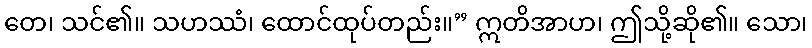
တေ၊ သင်၏။ သဟဿံ၊ ထောင်ထုပ်တည်း။” ဣတိအာဟ၊ ဤသို့ဆို၏။ သော၊